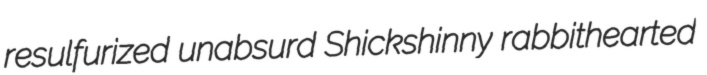
resulfurized unabsurd Shickshinny rabbithearted